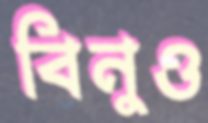
বিনুও